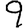
Digit: 9